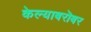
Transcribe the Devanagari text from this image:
केल्याबरॊबर